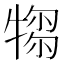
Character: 𤛃